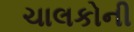
ચાલકોની